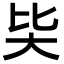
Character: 𡗬